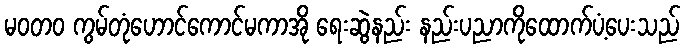
မဝတ၀ ကွမ်တုံဟောင်ကောင်မကာအို ရေးဆွဲနည်း နည်းပညာကိုထောက်ပံ့ပေးသည်